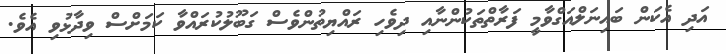
އަދި އެކަން ބައިނަލްއަގްވާމީ ފަރާތްތަކުންނާއި ދިވެހި ރައްޔިތުންވެސް ގަބޫލުކުރައްވާ ކަމަށްސް ވިދާޅުވި އެވެ.